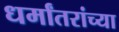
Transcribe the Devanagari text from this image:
धर्मांतरांच्या